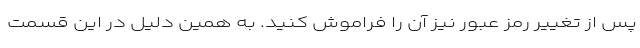
پس از تغییر رمز عبور نیز آن را فراموش کنید. به همین دلیل در این قسمت